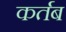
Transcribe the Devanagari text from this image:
कर्तब